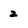
Character: 2